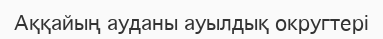
Аққайың ауданы ауылдық округтері